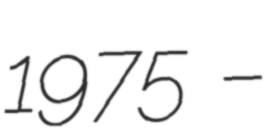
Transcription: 1975 –